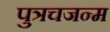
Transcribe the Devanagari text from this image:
पुत्रचजन्म